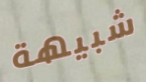
شبيهة